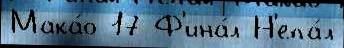
Мака́о 17 Ф'ина́л Н'епа́л